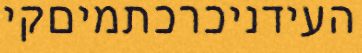
העידניכרכתמיםקי